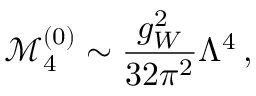
\mathcal { M } _ { 4 } ^ { ( 0 ) } \sim \frac { g _ { W } ^ { 2 } } { 3 2 \pi ^ { 2 } } \Lambda ^ { 4 } \, ,